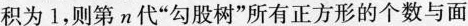
积为1，则第n代”勾股树”所有正方形的个数与面